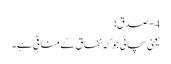
4- صدق:
یعنی سچائی جوکہ نفاق کےمنافی ہے۔